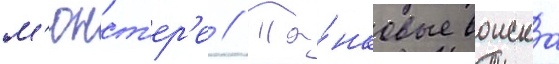
м'юнст'ер'е // Та́нковые воиска